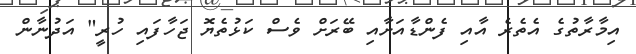
އިމާރާތުގެ އެތެރެ އާއި ފެންޑާއަށާއި ބޭރަށް ވެސް ކަޅުތެޔޮ ޖަހާފައި ހުރީ" އަދުނާން